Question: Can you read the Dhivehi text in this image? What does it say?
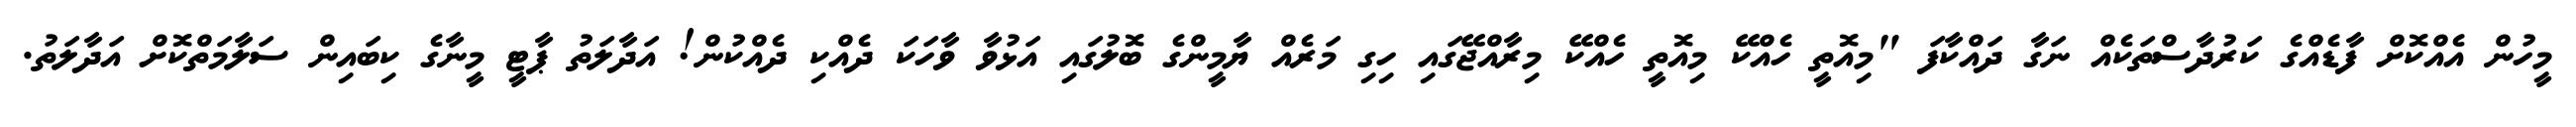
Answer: މީހުން އެއްކޮށް ފާޑެއްގެ ކަރުދާސްތަކެއް ނަގާ ދައްކާފަ "މިއޮތީ ހެއްކޭ މިއޮތީ ހެއްކޭ މިރާއްޖޭގައި ހިގި މަރެއް ޔާމީންގެ ބޮލުގައި އަޅުވާ ވާހަކަ ދެއްކި ދެއްކުން! އަދާލަތު ޕާޓީ މީނާގެ ކިބައިން ސަލާމަތްކޮށް އަދާލަތު.